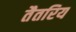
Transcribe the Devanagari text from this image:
तैतरिय